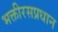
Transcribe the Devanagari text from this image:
भक्तीरसप्रधान